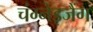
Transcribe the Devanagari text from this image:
चंग्नेइजैंग